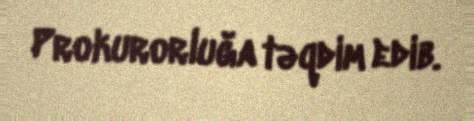
Prokurorluğa təqdim edib.